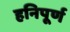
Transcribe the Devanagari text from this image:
हनिपूर्ण